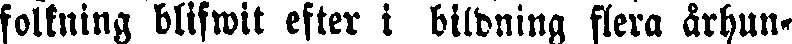
folkning blifwit efter i bildning flera århun-